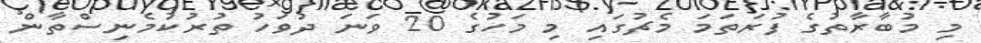
މި މުބާރާތުގެ ފުރަތަމަ މެޗުގައި މި މަހުގެ 20 ވަނަ ދުވަހު ތުރުކުމެނިސްތާން